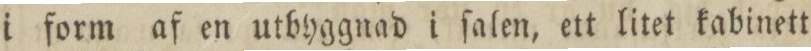
i form af en utbyggnad i ſalen, ett litet kabinett